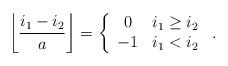
LaTeX: \begin{align*} \left\lfloor\frac{i_1-i_2}{a} \right\rfloor = \left\{ \begin{array}{cc}0 & i_1\geq i_2 \\ -1 & i_1<i_2 \end{array}\right. \, . \end{align*}